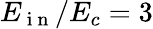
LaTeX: E_{\mathrm{~i~n~}}/E_{c}=3